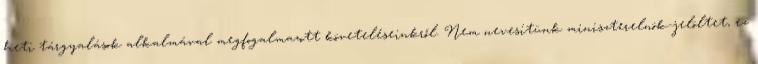
heti tárgyalások alkalmával megfogalmazott követeléseinkről. Nem nevesítünk miniszterelnök-jelöltet, ez